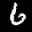
Label: 6